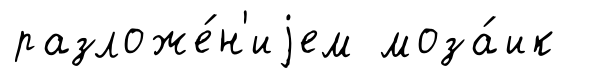
разложе́н'иjем моза́ик